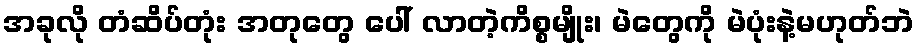
အခုလို တံဆိပ်တုံး အတုတွေ ပေါ် လာတဲ့ကိစ္စမျိုး၊ မဲတွေကို မဲပုံးနဲ့မဟုတ်ဘဲ